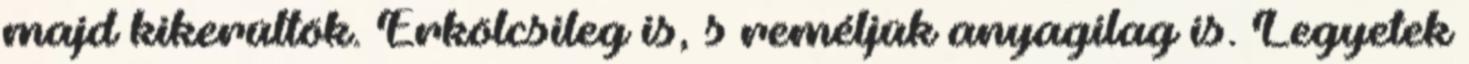
majd kikerültök. Erkölcsileg is, s reméljük anyagilag is. Legyetek